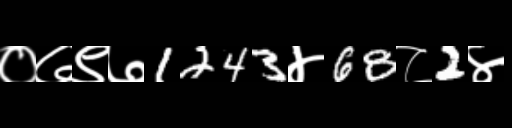
Text: ०७९७1243४68८2४